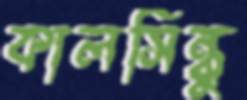
কালসিন্ধু